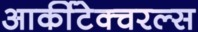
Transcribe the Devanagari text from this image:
आर्कीटेक्चरल्स